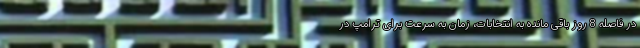
در فاصله 8 روز باقی مانده به انتخابات، زمان به سرعت برای ترامپ در